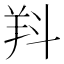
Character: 𣁵